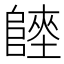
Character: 𨻏